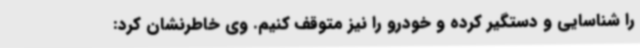
را شناسایی و دستگیر کرده و خودرو را نیز متوقف کنیم. وی خاطرنشان کرد: